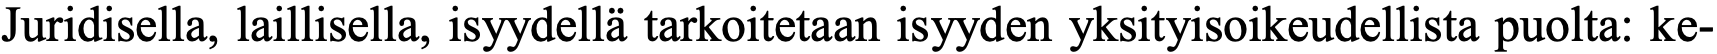
Juridisella, laillisella, isyydellä tarkoitetaan isyyden yksityisoikeudellista puolta: ke-